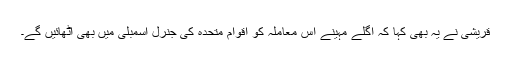
قریشی نے یہ بھی کہا کہ اگلے مہینے اس معاملہ کو اقوام متحدہ کی جنرل اسمبلی میں بھی اٹھائیں گے۔